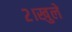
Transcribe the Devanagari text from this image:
२।खुले